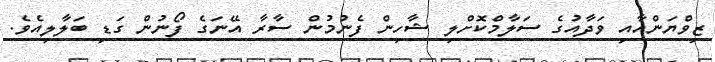
ޒިވްޔަންއާއި ވަދާއުގެ ސަލާމްކޮށްލި ޝާހިން ފެނުމުން ސާރާ އޭނަގެ ފޯނުން ގަޑި ބަލާލިއެވެ.